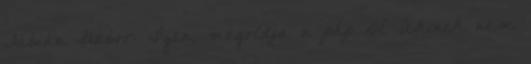
Fábián Gábor: Igen, megoldja a php DE Akinek nem